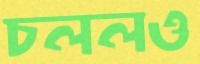
চললও